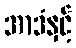
အာဒံနှင့်